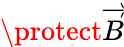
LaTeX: \protect\overrightarrow{B}